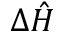
\Delta \hat { H }